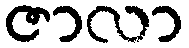
ဇာလာ